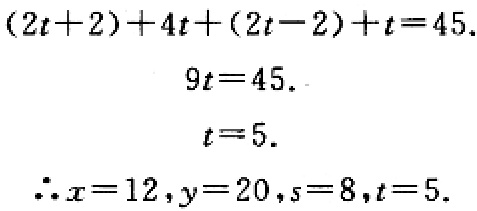
\[
\begin{align*}
(2t + 2)+4t+(2t - 2)+t&=45\\
9t&=45\\
t&=5
\end{align*}
\]
\(\therefore x = 12,y = 20,s = 8,t = 5\).